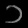
Digit: ၁